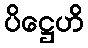
ပိဋ္ဌေဟိ